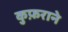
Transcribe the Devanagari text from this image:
कुफ़राने